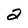
Character: 2